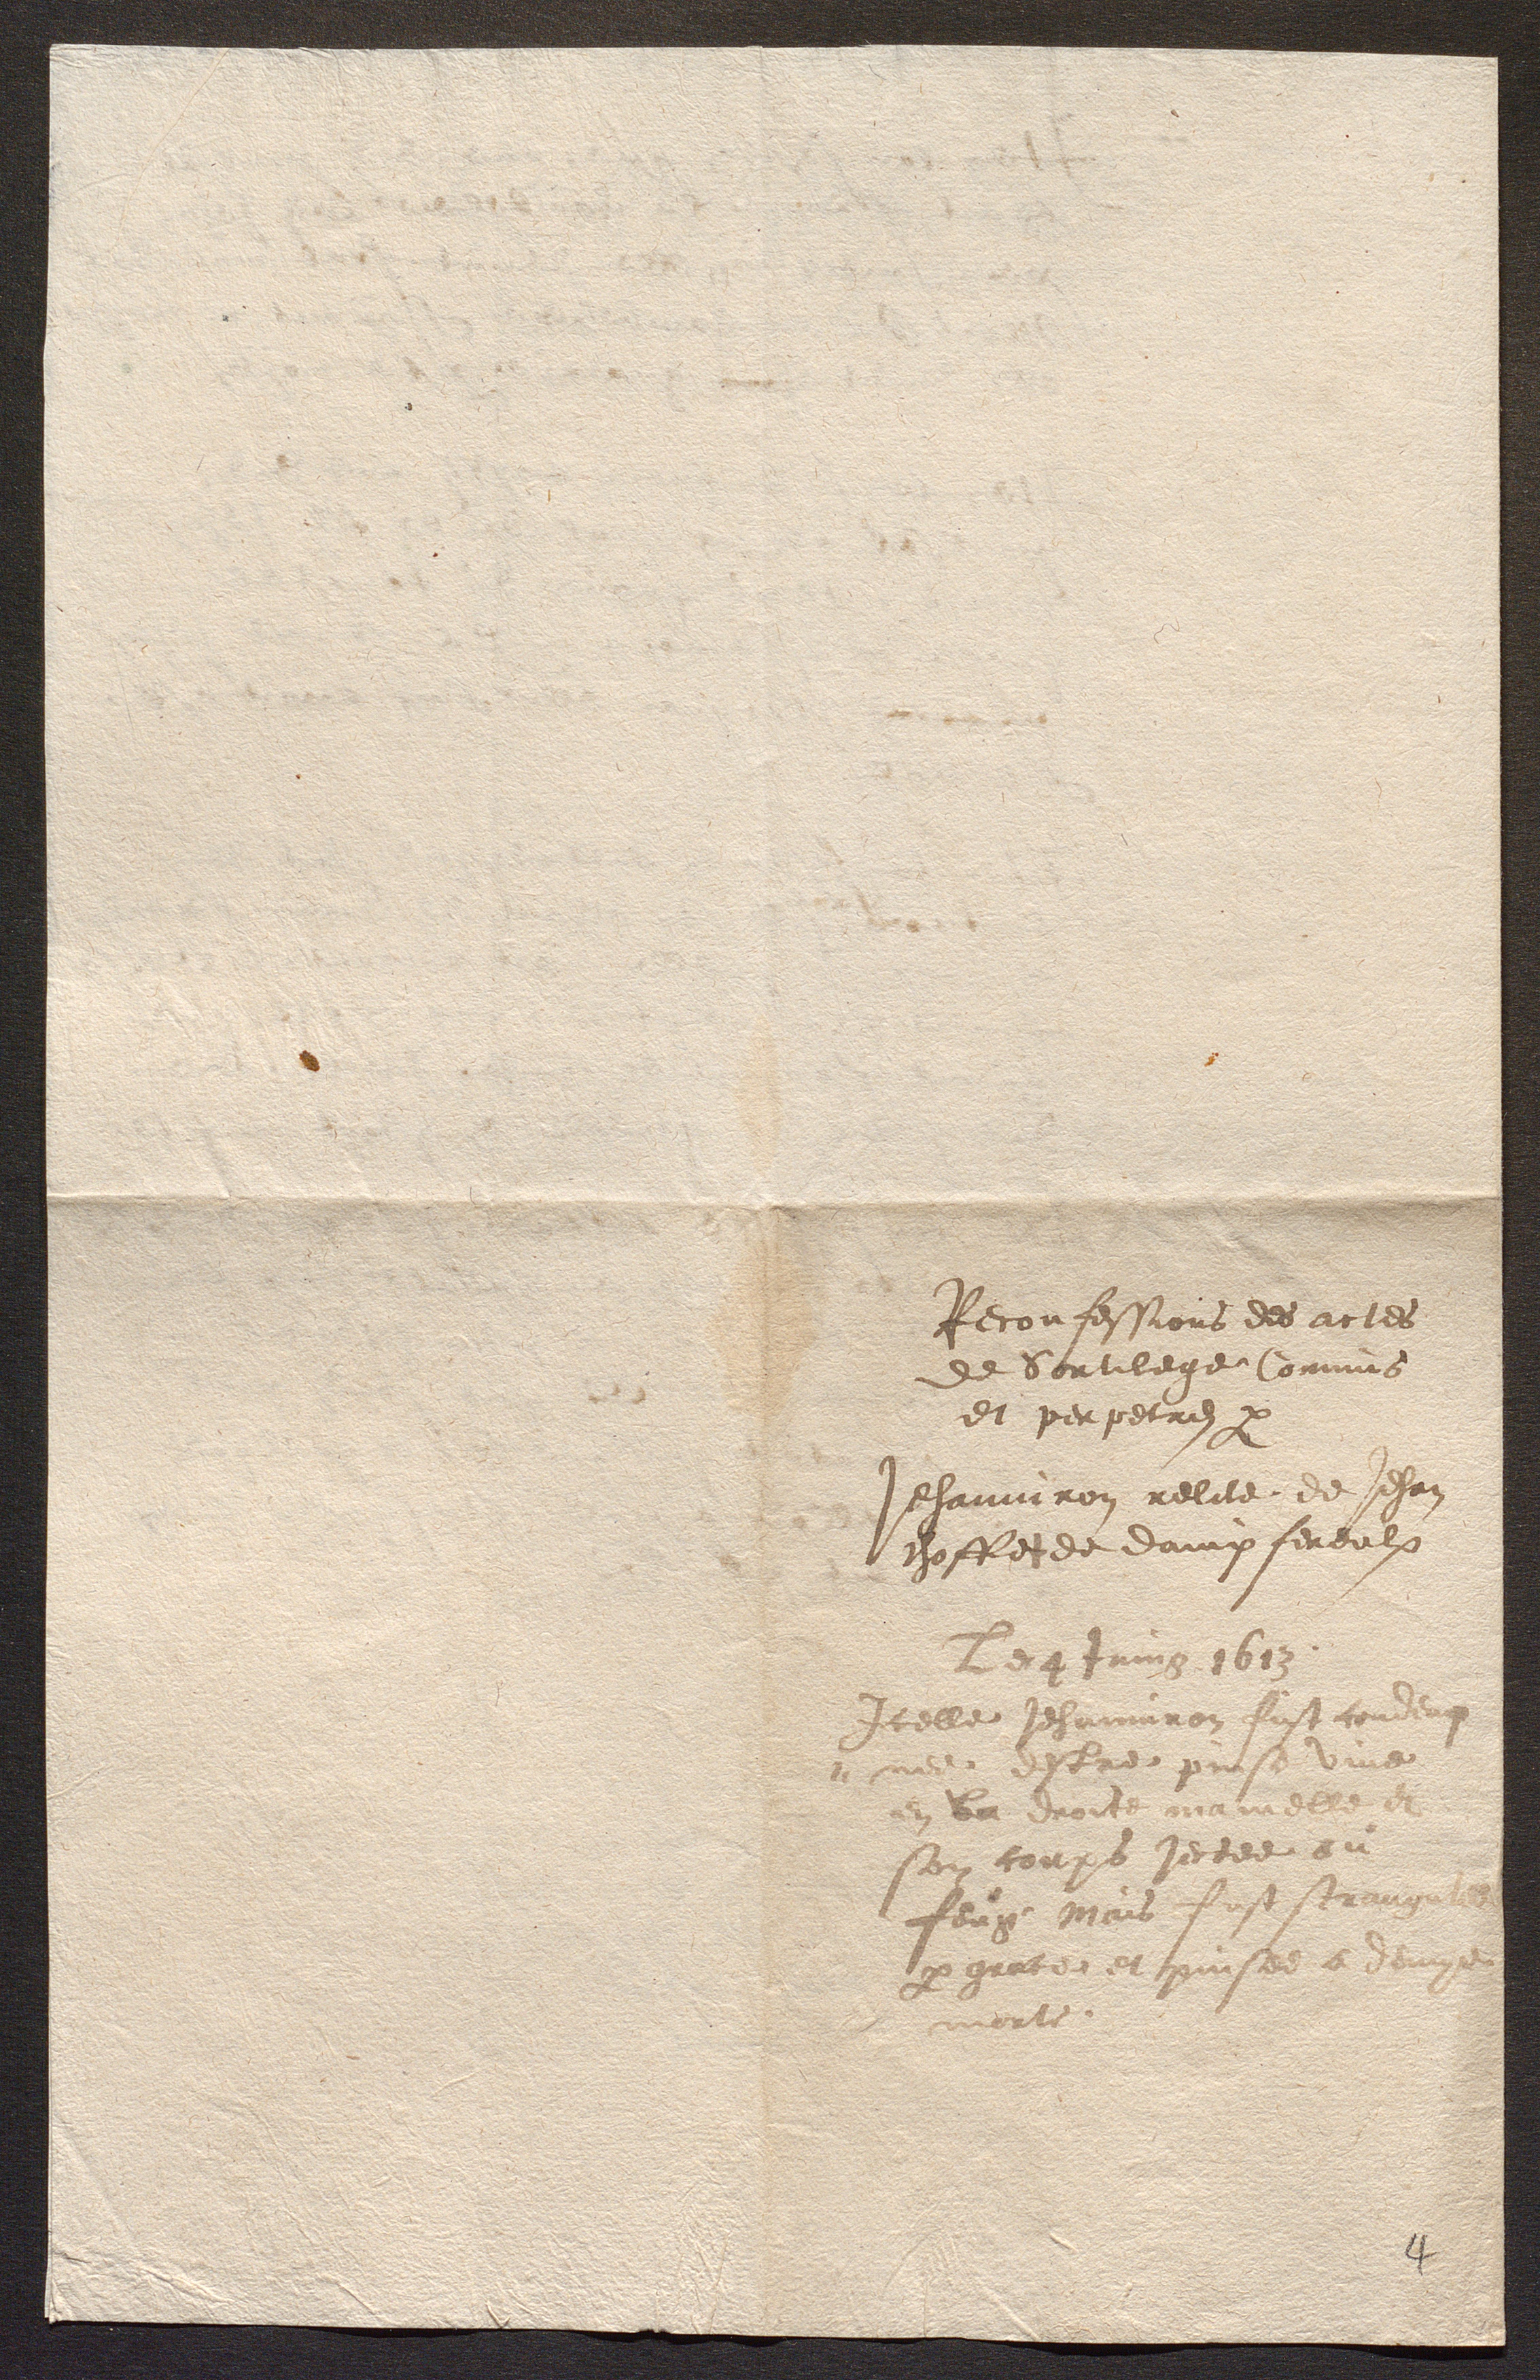
Reconfessions des actes
de Sortilège Commis
et perpetres p
Jehanniron relicte de Jehan
choffet de dampfereulx
Le 4 Juing .1613.
Icelle Jehanniron fuft condemp
– nee destre pinse vive
en la droite mamelle et
son corps jectee en
feug, Mais fust strangulee
p grace et pinsee a demye
morte.